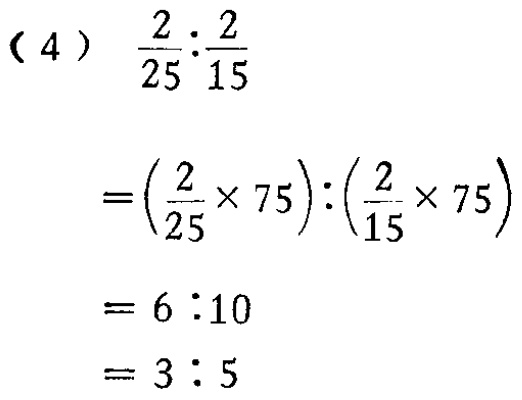
\[

\begin{align*}

&(4)\ \frac{2}{25}:\frac{2}{15}\\

=&\left(\frac{2}{25}\times75\right):\left(\frac{2}{15}\times75\right)\\

=&6:10\\

=&3:5

\end{align*}

\]